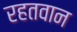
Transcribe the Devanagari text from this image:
रहतवान